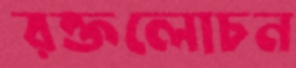
রক্তলোচন